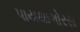
પાયથાગોરસ